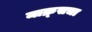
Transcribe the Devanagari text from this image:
माक्र्सचा